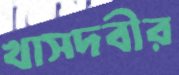
খাসদবীর